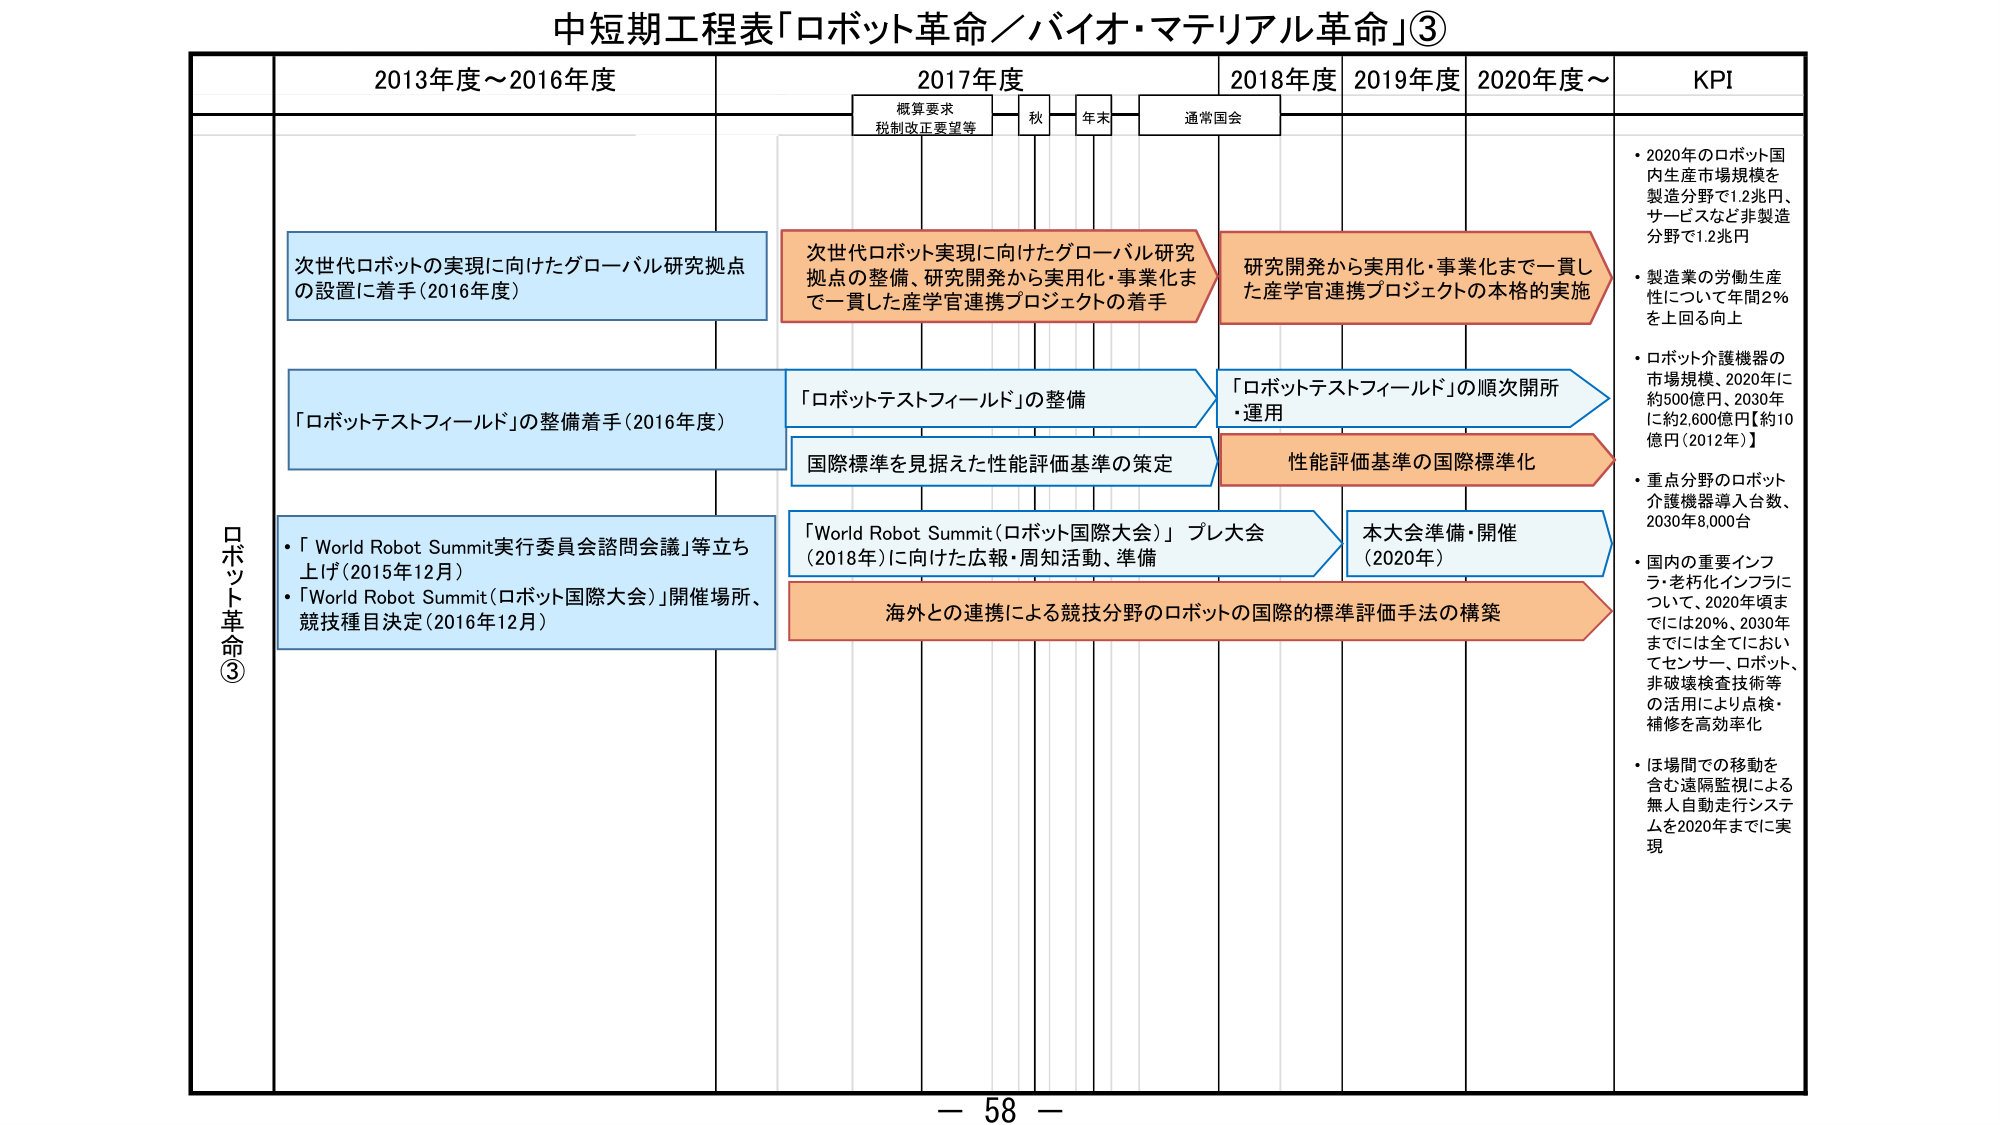
中短期工程表「ロボット革命／バイオ・マテリアル革命」③

2013年度～2016年度
2017年度
2018年度
2019年度
2020年度～
KPI

概算要求
税制改正要望等
秋
年末
通常国会

ロボット革命③

次世代ロボットの実現に向けたグローバル研究拠点の設置に着手（2016年度）

「ロボットテストフィールド」の整備着手（2016年度）

・「World Robot Summit実行委員会諮問会議」等立ち上げ（2015年12月）
・「World Robot Summit（ロボット国際大会）」開催場所、競技種目決定（2016年12月）

次世代ロボット実現に向けたグローバル研究拠点の整備、研究開発から実用化・事業化まで一貫した産学官連携プロジェクトの着手

「ロボットテストフィールド」の整備

国際標準を見据えた性能評価基準の策定

「World Robot Summit（ロボット国際大会）」プレ大会（2018年）に向けた広報・周知活動、準備

研究開発から実用化・事業化まで一貫した産学官連携プロジェクトの本格的実施

「ロボットテストフィールド」の順次開所・運用

性能評価基準の国際標準化

本大会準備・開催（2020年）

海外との連携による競技分野のロボットの国際的標準評価手法の構築

・2020年のロボット国内生産市場規模を製造分野で1.2兆円、サービスなど非製造分野で1.2兆円
・製造業の労働生産性について年間2％を上回る向上
・ロボット介護機器の市場規模、2020年に約500億円、2030年に約2,600億円【約10億円（2012年）】
・重点分野のロボット介護機器導入台数、2030年8,000台
・国内の重要インフラ・老朽化インフラについて、2020年頃までには20％、2030年までには全てにおいてセンサー、ロボット、非破壊検査技術等の活用により点検・補修を高効率化
・ほ場間での移動を含む遠隔監視による無人自動走行システムを2020年までに実現

－ 58 －